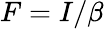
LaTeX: F=I/\beta